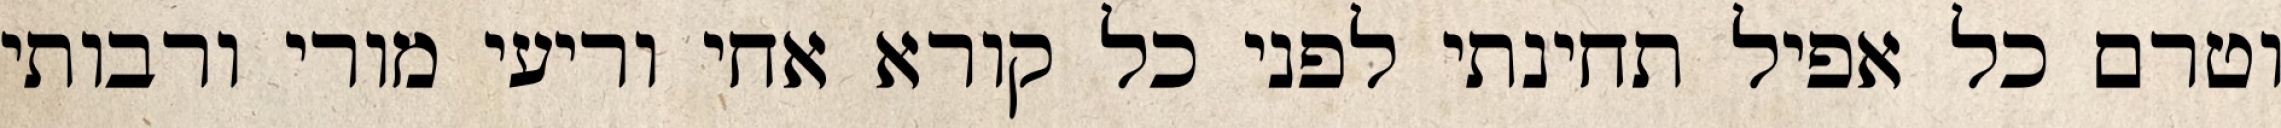
וטרם כל אפיל תחינתי לפני כל קורא אחי וריעי מורי ורבותי